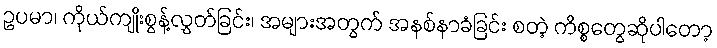
ဥပမာ၊ ကိုယ်ကျိုးစွန့်လွှတ်ခြင်း၊ အများအတွက် အနစ်နာခံခြင်း စတဲ့ ကိစ္စတွေဆိုပါတော့